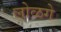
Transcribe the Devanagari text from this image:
लोळगे